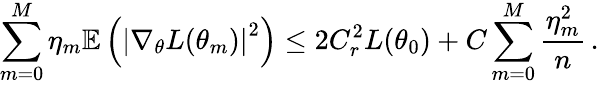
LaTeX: \sum_{m=0}^{M}\eta_{m}\mathbb{E}\left(\left|\nabla_{\theta}L(\theta_{m})\right|^{2}\right)\leq 2C_{r}^{2}L(\theta_{0})+C\sum_{m=0}^{M}\frac{\eta_{m}^{2}}{n}\, .